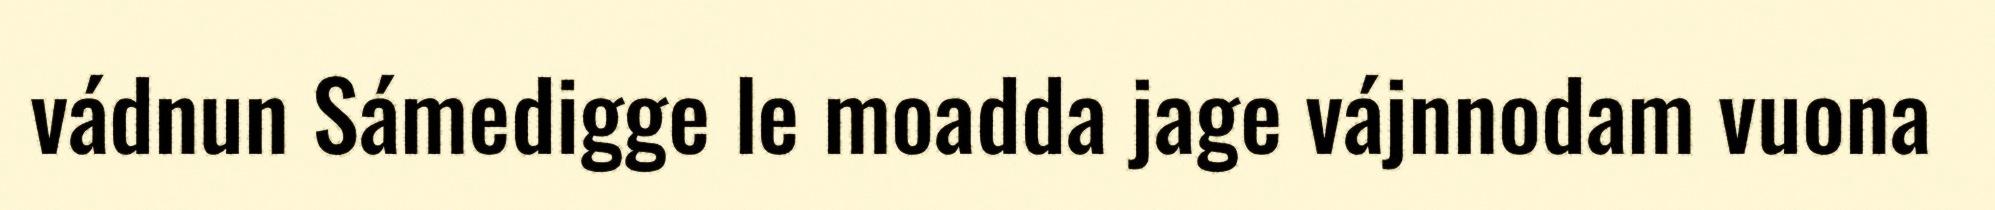
vádnun Sámedigge le moadda jage vájnnodam vuona